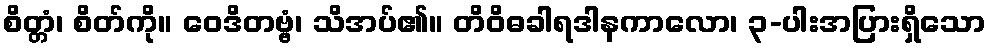
စိတ္တံ၊ စိတ်ကို။ ဝေဒိတဗ္ဗံ၊ သိအပ်၏။ တိဝိဓခါရဒါနကာလော၊ ၃-ပါးအပြားရှိသော